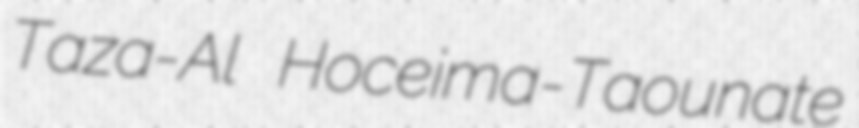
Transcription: Taza-Al Hoceima-Taounate